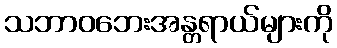
သဘာဝဘေးအန္တရာယ်များကို